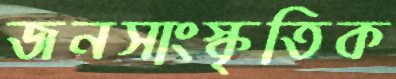
জনসাংস্কৃতিক